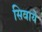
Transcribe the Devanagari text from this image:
सिवाये